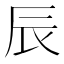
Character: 辰